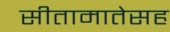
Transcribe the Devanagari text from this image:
सीतामातेसह